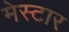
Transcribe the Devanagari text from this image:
मेस्टार